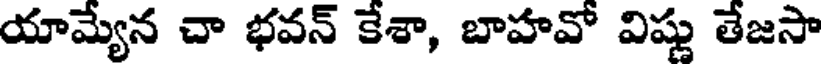
యామ్యేన చా భవన్ కేశా, బాహవో విష్ణు తేజసా